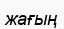
жағың